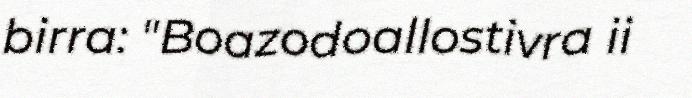
birra: "Boazodoallostivra ii